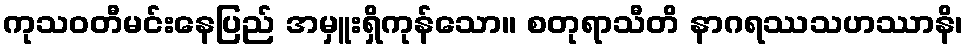
ကုသဝတီမင်းနေပြည် အမှူးရှိကုန်သော။ စတုရာသီတိ နာဂရဿသဟဿာနိ၊